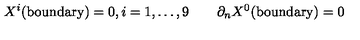
X ^ { i } ( \mathrm { b o u n d a r y } ) = 0 , i = 1 , \dots , 9 \qquad \partial _ { n } X ^ { 0 } ( \mathrm { b o u n d a r y } ) = 0